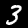
Label: 3